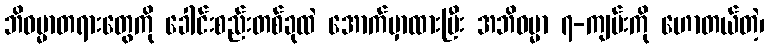
ဘိဓမ္မာတရားတွေကို ခေါင်းစည်းတစ်ခုထဲ အောက်မှာထားပြီး အဘိဓမ္မာ ၇-ကျမ်းကို ဟောတယ်တဲ့၊